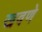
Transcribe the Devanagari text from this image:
खवणे